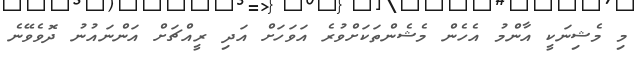
މި މެޝިނަކީ އާންމު އެހެން މެޝެންތަކަށްވުރެ އަވަހަށް އަދި ރީއްޗަށް އަންނައުނު ދޮވެވޭނެ